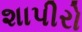
શાપીરો